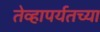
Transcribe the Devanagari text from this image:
तेव्हापर्यतच्या